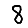
Digit: 8